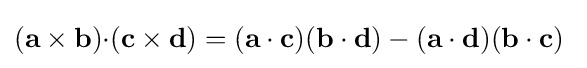
(\mathbf {a\times b} )\mathbf {\cdot } (\mathbf {c\times d} )=(\mathbf {a\cdot c} )(\mathbf {b\cdot d} )-(\mathbf {a\cdot d} )(\mathbf {b\cdot c} )\